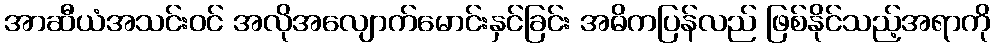
အာဆီယံအသင်းဝင် အလိုအလျောက်မောင်းနှင်ခြင်း အဓိကပြန်လည် ဖြစ်နိုင်သည့်အရာကို